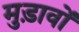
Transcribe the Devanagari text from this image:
मुड़ावों